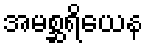
အမစ္ဆရိယေန